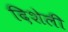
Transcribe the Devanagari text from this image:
दिशेली